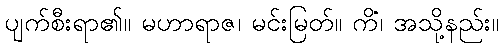
ပျက်စီးရာ၏။ မဟာရာဇ၊ မင်းမြတ်။ ကိံ၊ အသို့နည်း။